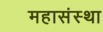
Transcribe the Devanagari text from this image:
महासंस्था